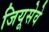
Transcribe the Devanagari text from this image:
जियूसेवे